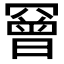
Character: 𦌛